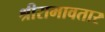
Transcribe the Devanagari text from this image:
श्रीरामावतार